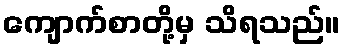
ကျောက်စာတို့မှ သိရသည်။